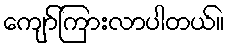
ကျော်ကြားလာပါတယ်။